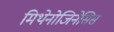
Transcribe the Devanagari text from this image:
मिथेनोजिनेसिस